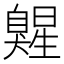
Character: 𰯷